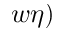
w \eta )